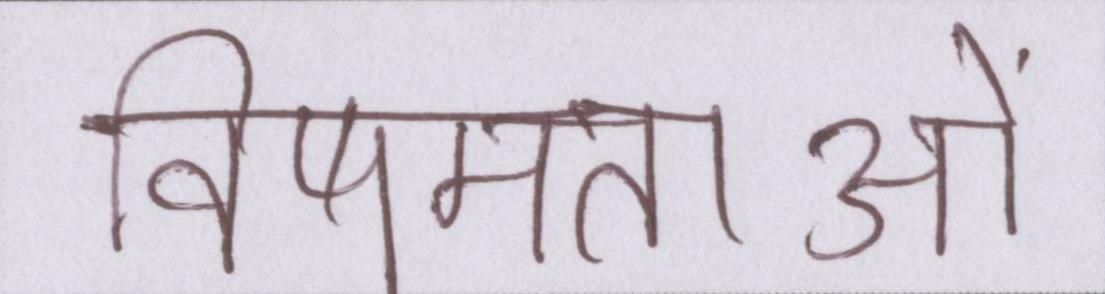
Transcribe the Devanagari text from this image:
विषमताओं